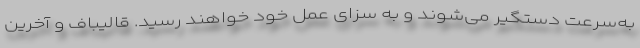
به‌سرعت دستگیر می‌شوند و به سزای عمل خود خواهند رسید. قالیباف و آخرین